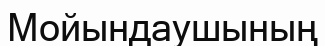
Мойындаушының